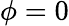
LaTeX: \phi=0